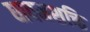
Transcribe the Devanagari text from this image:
धावनशक्ति